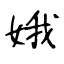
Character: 娥